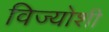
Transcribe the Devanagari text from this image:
विज्योशी